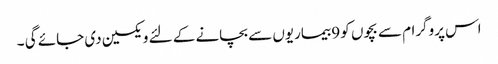
اس پروگرام سے بچوں کو 9 بیماریوں سے بچانے کے لئے ویکسین دی جائے گی ۔